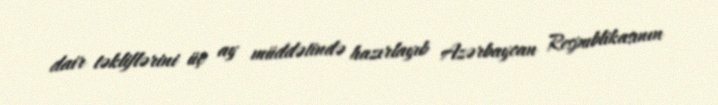
dair təkliflərini üç ay müddətində hazırlayıb Azərbaycan Respublikasının